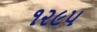
૧૨૯૫